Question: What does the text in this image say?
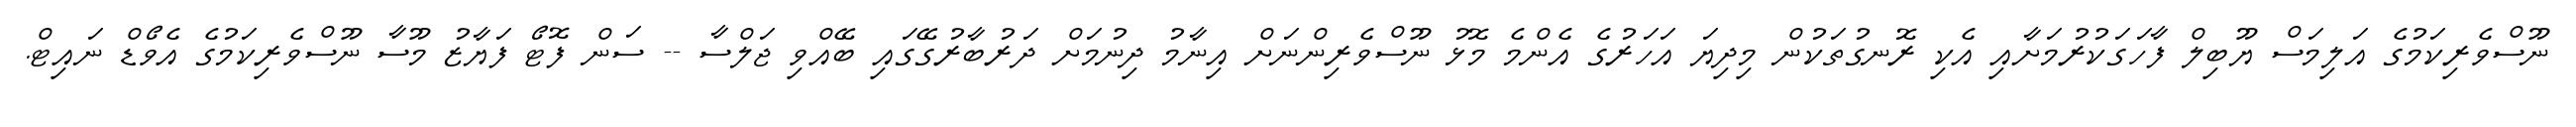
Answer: ނޫސްވެރިކަމުގެ އަލިމަސް ޔޫބިލް ފާހަގަކުރުމަށާއި އެކި ރޮނގުތަކުން މިދިޔަ އަހަރުގެ އެންމެ މޮޅު ނޫސްވެރިންނަށް އިނާމު ދިނުމަށް ދަރުބާރުގޭގައި ބޭއްވި ޖަލްސާ -- ސަން ފޮޓޯ ފަޔާޒު މޫސާ ނޫސްވެރިކަމުގެ އެވޯޑް ނައިޓް.